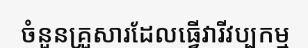
ចំនួនគ្រួសារដែលធ្វើវារីវប្បកម្ម